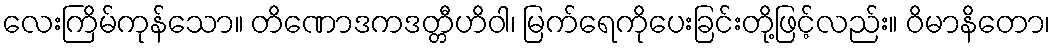
လေးကြိမ်ကုန်သော။ တိဏောဒကဒတ္တီဟိဝါ၊ မြက်ရေကိုပေးခြင်းတို့ဖြင့်လည်း။ ဝိမာနိတော၊